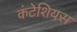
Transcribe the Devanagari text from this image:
कंटेशियस